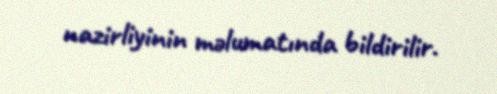
nazirliyinin məlumatında bildirilir.